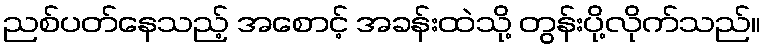
ညစ်ပတ်နေသည့် အစောင့် အခန်းထဲသို့ တွန်းပို့လိုက်သည်။